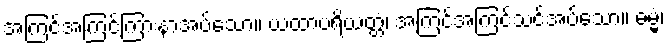
အကြင်အကြင်ကြားနာအပ်သော။ ယထာပရိယတ္တံ၊ အကြင်အကြင်သင်အပ်သော။ ဓမ္မံ၊